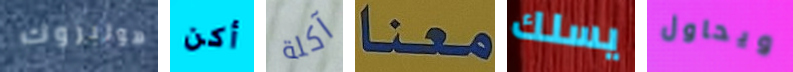
هولبروك أكن آكلة معنا يسلك ويحاول